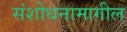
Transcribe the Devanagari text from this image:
संशोधनामागील